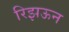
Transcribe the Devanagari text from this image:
रिझऊन